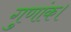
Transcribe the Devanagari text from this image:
गुणांक।